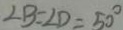
\angle B = \angle D = 5 0 ^ { \circ }